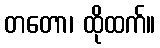
တတော၊ ထိုထက်။